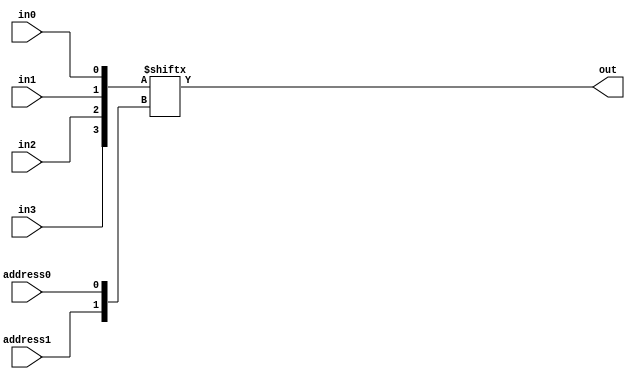
// Multiplexer circuit
`define AND and #50
`define OR or #50
`define NOT not #50

module behavioralMultiplexer
(
    output out,
    input address0, address1,
    input in0, in1, in2, in3
);
    // Join single-bit inputs into a bus, use address as index
    wire[3:0] inputs = {in3, in2, in1, in0};
    wire[1:0] address = {address1, address0};
    assign out = inputs[address];

endmodule


module AND_AND
(
    output out,
    input a0, a1, in
);

    wire not_out;

    `AND andgate1(not_out,a0,a1);
    `AND andgate2(out,not_out,in);

endmodule


module structuralMultiplexer
(
    output out, out0, out1, out2, out3,
    input address0, address1,
    input in0, in1, in2, in3
);
    wire naddress0, naddress1;

    `NOT address0inv(naddress0,address0);
    `NOT address1inv(naddress1,address1);

    AND_AND output0(out0,naddress0,naddress1,in0);
    AND_AND oupput1(out1,naddress0,address1,in1);
    AND_AND output2(out2,address0,naddress1,in2);
    AND_AND output3(out3,address0,address1,in3);

    `OR finaloutput(out,out0,out1,out2,out3);

endmodule